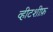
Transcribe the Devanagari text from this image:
व्हीटशीफ़